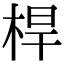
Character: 桿